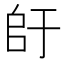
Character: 𫡚